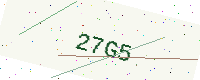
Text: 27G5